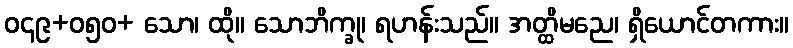
ဝ၄၉+ဝ၅၀+ သော၊ ထို။ သောဘိက္ခု၊ ရဟန်းသည်။ အတ္ထိမညေ၊ ရှိယောင်တကား။